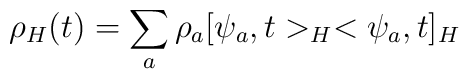
\rho_H (t) = \sum_a \rho_a [\psi_a,t>_H <\psi_a,t]_H